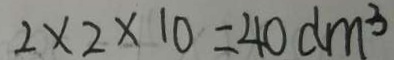
2 \times 2 \times 1 0 = 4 0 d m ^ { 3 }